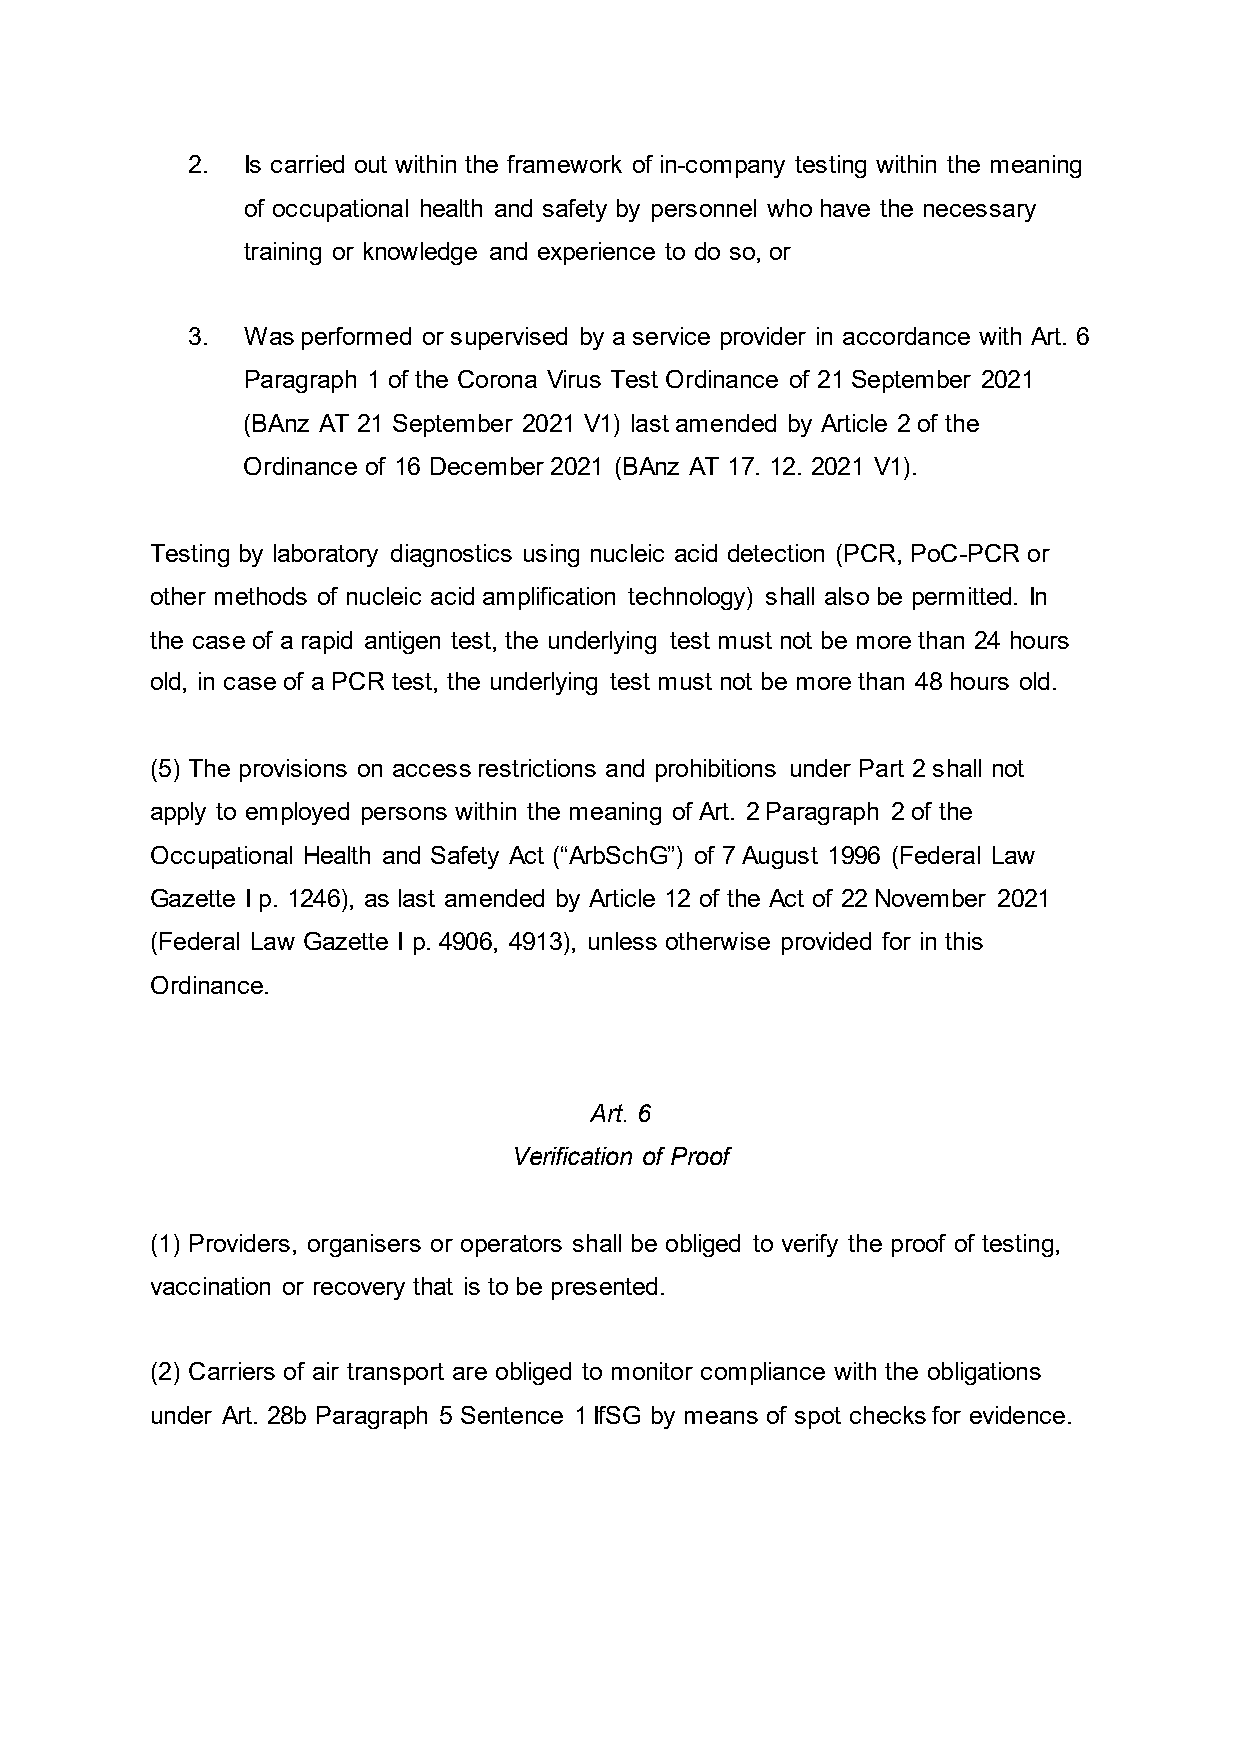
2.  Is carried out within the framework of in-company testing within the meaning
 of occupational health and safety by personnel who have the necessary
 training or knowledge and experience to do so, or
 3.  Was performed or supervised by a service provider in accordance with Art. 6
 Paragraph 1 of the Corona Virus Test Ordinance of 21 September 2021
 (BAnz AT 21 September 2021 V1) last amended by Article 2 of the
 Ordinance of 16 December 2021 (BAnz AT 17. 12. 2021 V1).
 Testing by laboratory diagnostics using nucleic acid detection (PCR, PoC-PCR or
 other methods of nucleic acid amplification technology) shall also be permitted. In
 the case of a rapid antigen test, the underlying test must not be more than 24 hours
 old, in case of a PCR test, the underlying test must not be more than 48 hours old.
 (5) The provisions on access restrictions and prohibitions under Part 2 shall not
 apply to employed persons within the meaning of Art. 2 Paragraph 2 of the
 Occupational Health and Safety Act (“ArbSchG”) of 7 August 1996 (Federal Law
 Gazette I p. 1246), as last amended by Article 12 of the Act of 22 November 2021
 (Federal Law Gazette I p. 4906, 4913), unless otherwise provided for in this
 Ordinance.
 Art. 6
 Verification of Proof
 (1) Providers, organisers or operators shall be obliged to verify the proof of testing,
 vaccination or recovery that is to be presented.
 (2) Carriers of air transport are obliged to monitor compliance with the obligations
 under Art. 28b Paragraph 5 Sentence 1 IfSG by means of spot checks for evidence.